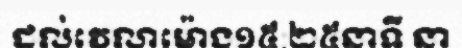
ដល់វេលាម៉ោង១៥:២៥នាទី នា